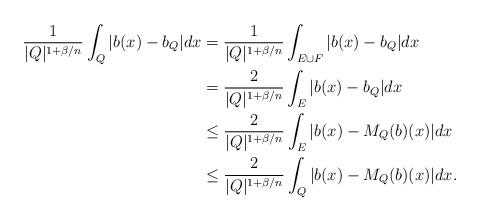
LaTeX: \begin{align*} \frac1{|Q|^{1+\beta/n}} \int_Q |b(x)-b_Q|dx &=\frac1{|Q|^{1+\beta/n}}\int_{E\cup{F}}|b(x)-b_Q|dx\\ &=\frac2{|Q|^{1+\beta/n}}\int_E|b(x)-b_Q|dx\\ &\le \frac2{|Q|^{1+\beta/n}}\int_E|b(x)-M_Q(b)(x)|dx\\ &\le \frac2{|Q|^{1+\beta/n}}\int_Q|b(x)-M_Q(b)(x)|dx.\end{align*}